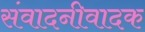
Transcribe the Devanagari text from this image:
संवादनीवादक